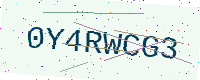
Text: 0Y4RWCG3